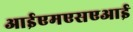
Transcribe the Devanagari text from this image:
आईएमएसएआई